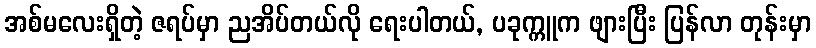
အစ်မလေးရှိတဲ့ ဇရပ်မှာ ညအိပ်တယ်လို ရေးပါတယ်, ပခုက္ကူက ဖျားပြီး ပြန်လာ တုန်းမှာ